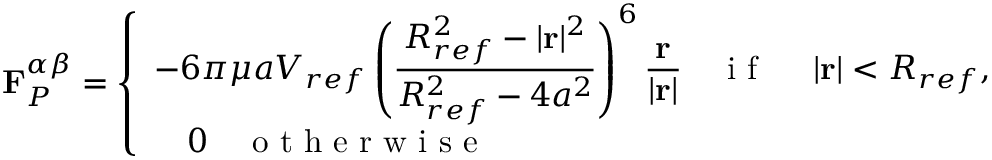
\mathbf { F } _ { P } ^ { \alpha \beta } = \left\{ \begin{array} { l l } { \displaystyle - 6 \pi \mu a V _ { r e f } \left( \frac { R _ { r e f } ^ { 2 } - | \mathbf { r } | ^ { 2 } } { R _ { r e f } ^ { 2 } - 4 a ^ { 2 } } \right) ^ { 6 } \frac { \mathbf { r } } { | \mathbf { r } | } \quad \mathrm { ~ i ~ f ~ \ } \quad | \mathbf { r } | < R _ { r e f } , } \\ { \displaystyle \quad 0 \quad \mathrm { ~ o ~ t ~ h ~ e ~ r ~ w ~ i ~ s ~ e ~ \ } } \end{array} \right.